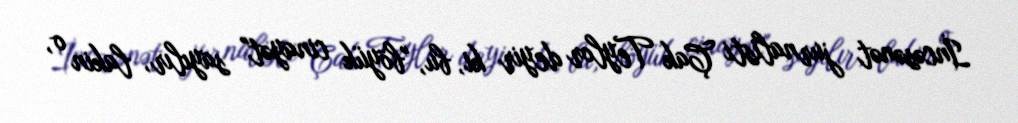
İncəsənət jurnalisti Çak Teylor deyir ki, bu, "böyük cinayət" sayılır, lakin o,